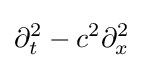
\partial _{t}^{2}-c^{2}\partial _{x}^{2}